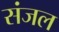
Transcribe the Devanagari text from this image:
संजल